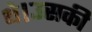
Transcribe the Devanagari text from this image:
थे।उसकी